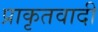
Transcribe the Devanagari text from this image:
प्राकृतवादी